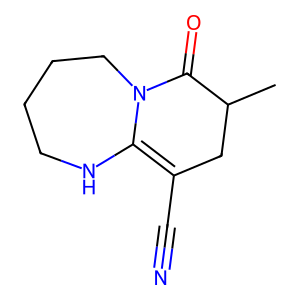
SMILES: CC1CC(C#N)=C2NCCCCN2C1=O
Inhibits HIV replication: No